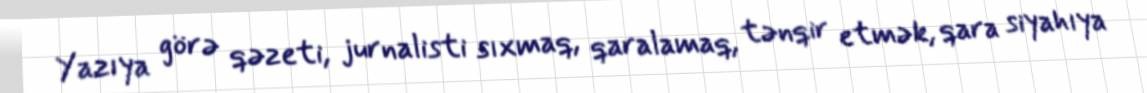
Yazıya görə qəzeti, jurnalisti sıxmaq, qaralamaq, tənqir etmək, qara siyahıya